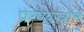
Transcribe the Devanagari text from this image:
प्रेरण्यस्त्रोत